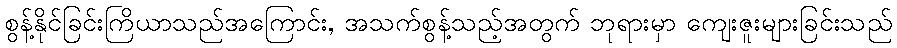
စွန့်နိုင်ခြင်းကြိယာသည်အကြောင်း, အသက်စွန့်သည့်အတွက် ဘုရားမှာ ကျေးဇူးများခြင်းသည်